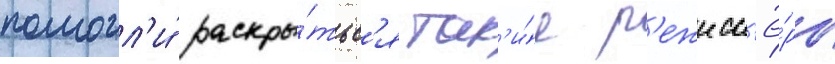
помогл'и́ раскры́тьс'я так'и́е р'ежисс'ё́ры